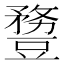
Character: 𧰈